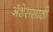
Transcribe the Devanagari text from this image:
ॲशेससाठी